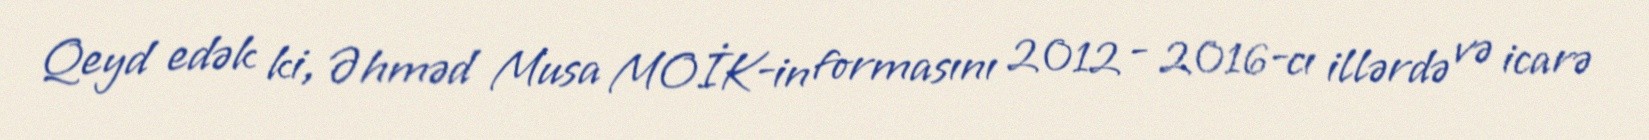
Qeyd edək ki, Əhməd Musa MOİK-in formasını 2012 - 2016-cı illərdə və icarə